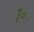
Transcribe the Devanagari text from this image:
१॰